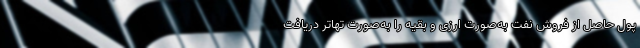
پول حاصل از فروش نفت به‌صورت ارزی و بقیه را به‌صورت تهاتر دریافت